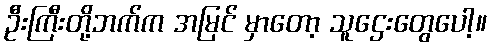
ဦးကြီးတို့ဘက်က အမြင် မှာတော့ သူဌေးတွေပေါ့။